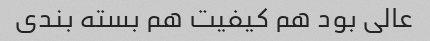
عالی بود هم کیفیت هم بسته بندی